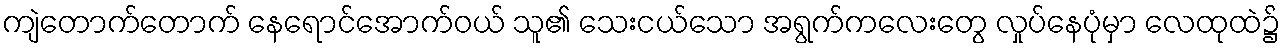
ကျဲတောက်တောက် နေရောင်အောက်ဝယ် သူ၏ သေးငယ်သော အရွက်ကလေးတွေ လှုပ်နေပုံမှာ လေထုထဲ၌